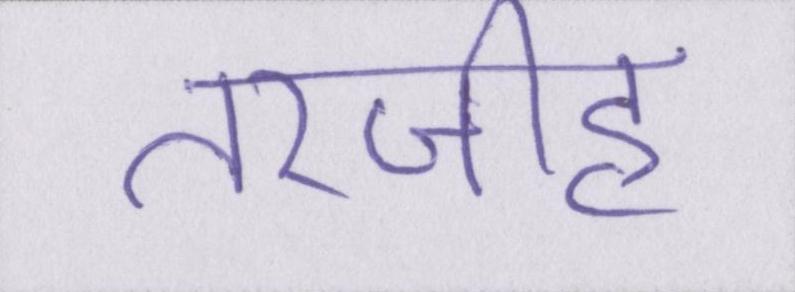
तरजीह